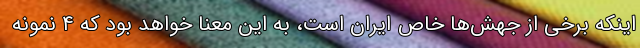
اینکه برخی از جهش‌ها خاص ایران است، به این معنا خواهد بود که ۴ نمونه